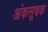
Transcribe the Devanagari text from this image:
अंकसूचक